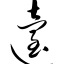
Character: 迨